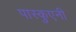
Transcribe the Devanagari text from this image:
पास्कुएनी